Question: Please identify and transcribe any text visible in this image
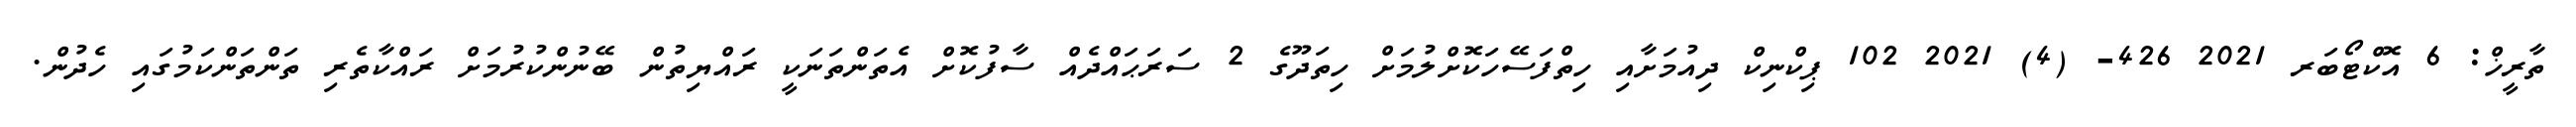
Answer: ތާރީޚް: 6 އޮކްޓޯބަރ 2021 426- (4) 2021 102 ޕިކްނިކް ދިއުމަށާއި ހިތްފަސޭހަކޮށްލުމަށް ހިތަދޫގެ 2 ސަރަޙައްދެއް ސާފުކޮށް އެތަންތަނަކީ ރައްޔިތުން ބޭނުންކުރުމަށް ރައްކާތެރި ތަންތަންކަމުގައި ހެދުން.